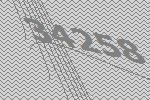
34258